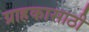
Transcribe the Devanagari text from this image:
ग्राहकासाठी